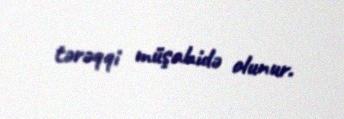
tərəqqi müşahidə olunur.